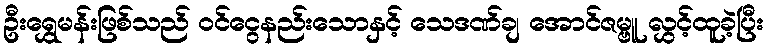
ဦးရွှေမန်းဖြစ်သည် ဝင်ငွေနည်းသောနှင့် သေဒဏ်ချ အောင်ဇမ္ဗူ လွှင့်ထူခဲ့ပြီး